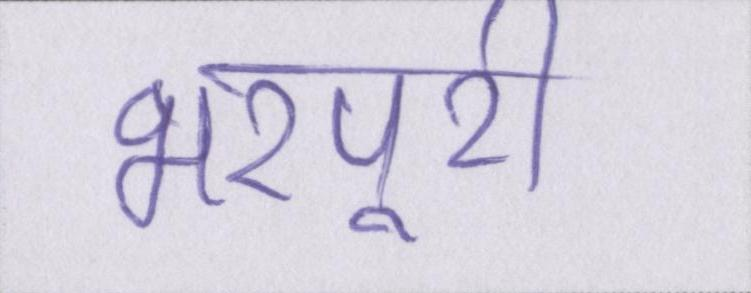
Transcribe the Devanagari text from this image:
भरपूरी